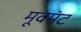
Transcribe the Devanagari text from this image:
मूवमंट